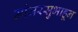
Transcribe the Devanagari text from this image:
मांजरसुभाहून